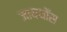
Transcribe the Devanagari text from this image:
जायथॉस